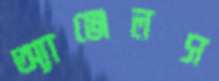
অ্যাঞ্জেলস